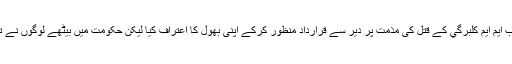
اکیڈمی نے تو مصنف اور ادیب ایم ایم كلبرگي کے قتل کی مذمت پر دیر سے قرارداد منظور کرکے اپنی بھول کا اعتراف کیا لیکن حکومت میں بیٹھے لوگوں نے تو اپنی غلطی کبھی نہیں مانی۔